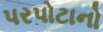
પરપોટાનો